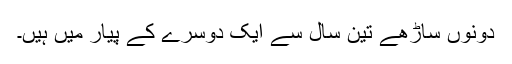
دونوں ساڑھے تین سال سے ایک دوسرے کے پیار میں ہیں۔